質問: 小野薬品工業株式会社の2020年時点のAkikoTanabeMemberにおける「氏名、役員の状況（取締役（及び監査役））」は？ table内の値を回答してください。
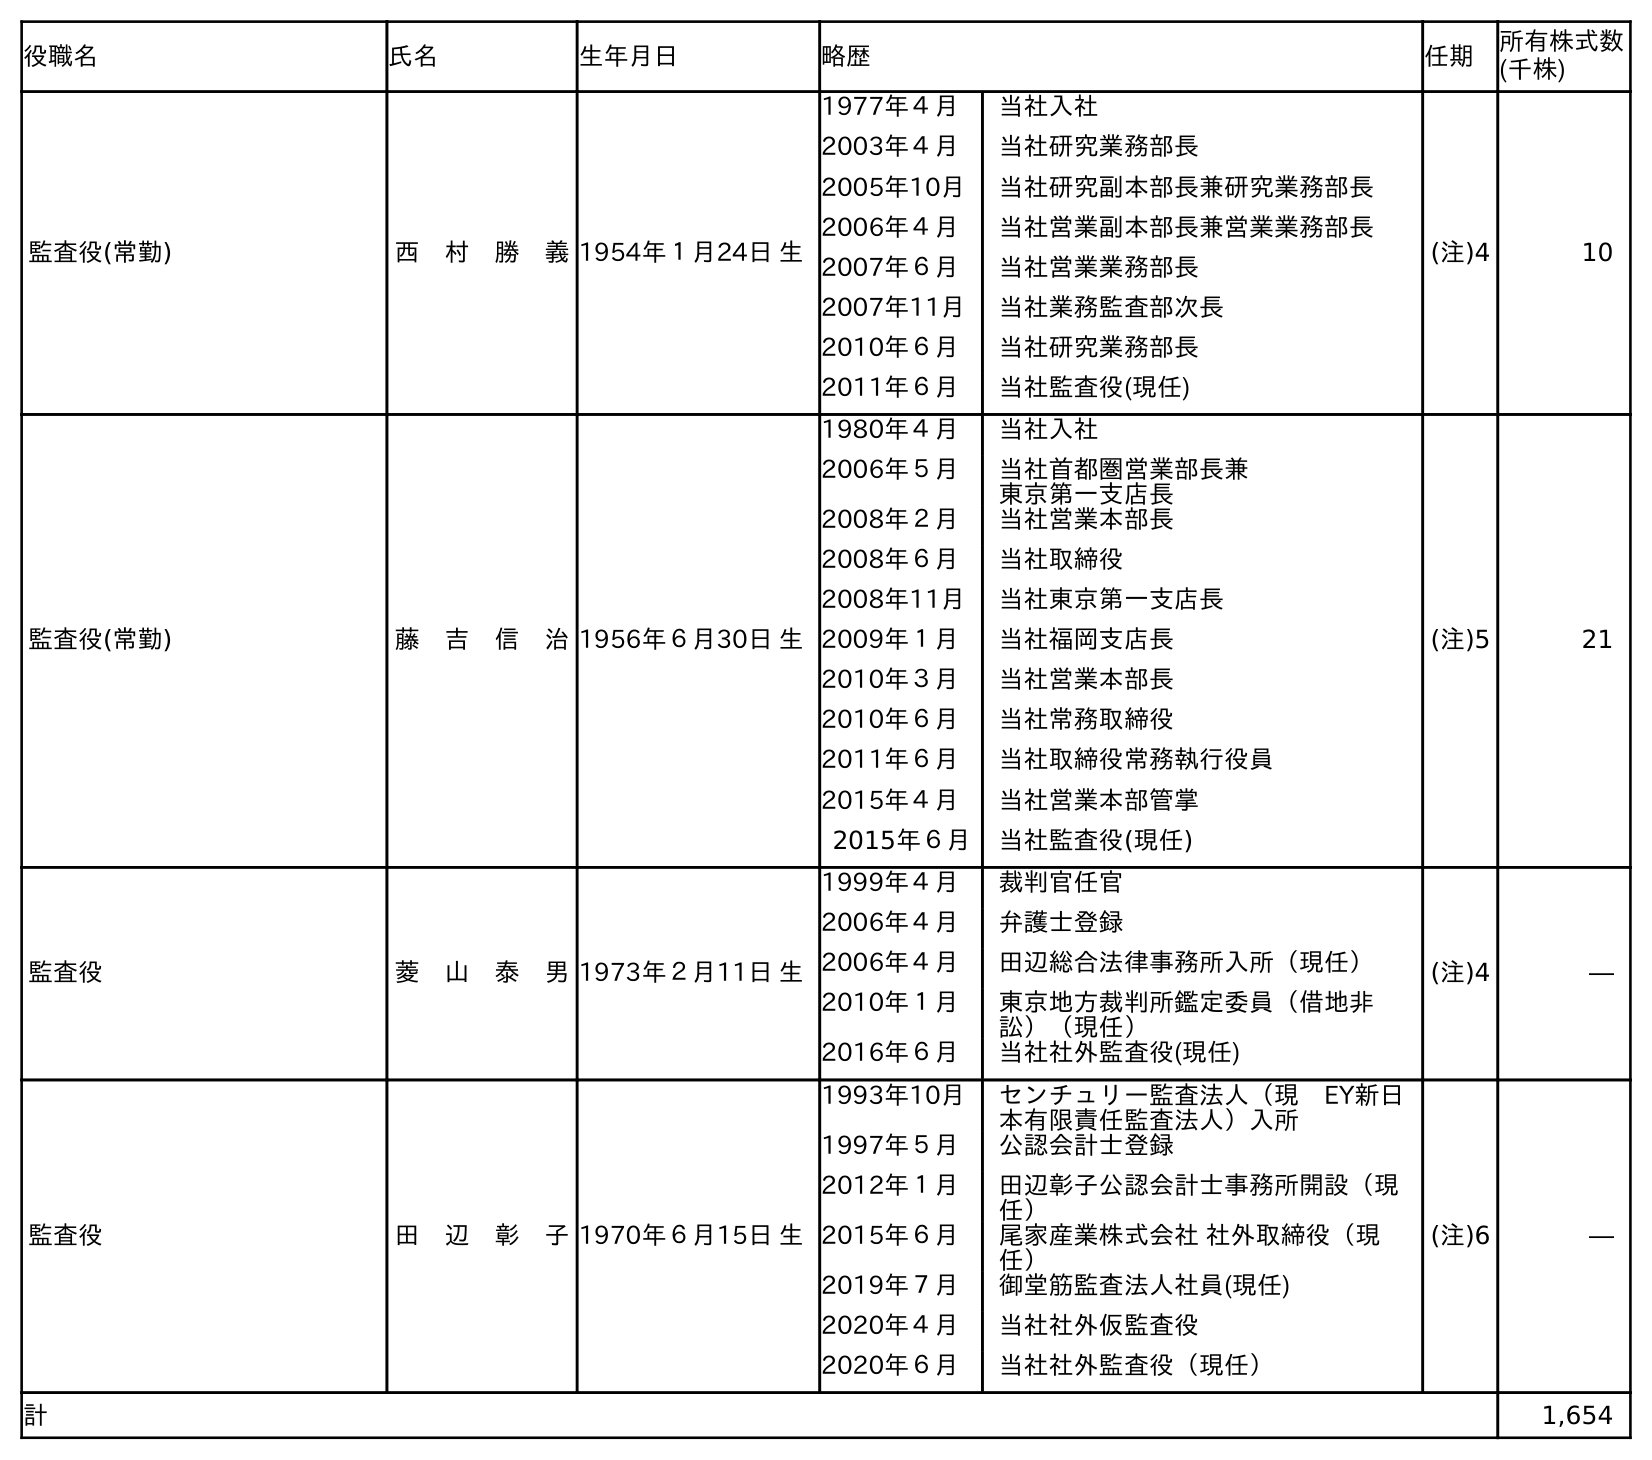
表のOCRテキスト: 役職名 氏名 生年月日 略歴 任期 所有株式数 (千株) 監査役(常勤) 西 村 勝 義1954年１月24日 生 1977年４月 当社入社 2003年４月 当社研究業務部長 2005年10月 当社研究副本部長兼研究業務部長 2006年４月 当社営業副本部長兼営業業務部長 2007年６月 当社営業業務部長 2007年11月 当社業務監査部次長 2010年６月 当社研究業務部長 2011年６月 当社監査役(現任) (注)4 10 監査役(常勤) 藤 吉 信 治1956年６月30日 生 1980年４月 当社入社 2006年５月 当社首都圏営業部長兼 東京第一支店長 2008年２月 当社営業本部長 2008年６月 当社取締役 2008年11月 当社東京第一支店長 2009年１月 当社福岡支店長 2010年３月 当社営業本部長 2010年６月 当社常務取締役 2011年６月 当社取締役常務執行役員 2015年４月 当社営業本部管掌 2015年６月 当社監査役(現任) (注)5 21 監査役 菱 山 泰 男1973年２月11日 生 1999年４月 裁判官任官 2006年４月 弁護士登録 2006年４月 田辺総合法律事務所入所（現任） 2010年１月 東京地方裁判所鑑定委員（借地非 訟）（現任） 2016年６月 当社社外監査役(現任) (注)4 ― 監査役 田 辺 彰 子1970年６月15日 生 1993年10月 センチュリー監査法人（現 EY新日 本有限責任監査法人）入所 1997年５月 公認会計士登録 2012年１月 田辺彰子公認会計士事務所開設（現 任） 2015年６月 尾家産業株式会社 社外取締役（現 任） 2019年７月 御堂筋監査法人社員(現任) 2020年４月 当社社外仮監査役 2020年６月 当社社外監査役（現任） (注)6 ― 計 1,654
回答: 田　辺　彰　子